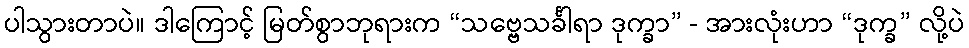
ပါသွားတာပဲ။ ဒါကြောင့် မြတ်စွာဘုရားက “သဗ္ဗေသင်္ခါရာ ဒုက္ခာ” - အားလုံးဟာ “ဒုက္ခ” လို့ပဲ